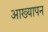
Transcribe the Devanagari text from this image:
आख्यापन